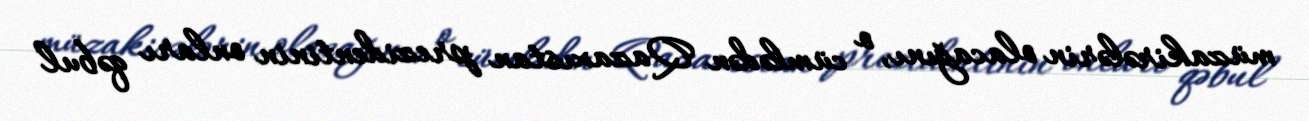
müzakirələrin olacağını, o cümlədən Qazaxıstan prezidentinin onları qəbul